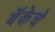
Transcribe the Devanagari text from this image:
बॅकेचे